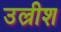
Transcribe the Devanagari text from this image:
उल्रीश